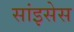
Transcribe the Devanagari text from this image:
सांइसेस